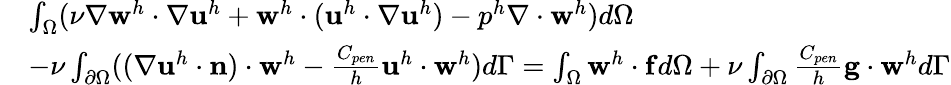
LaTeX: \begin{array}{rl}&{\int_{\Omega}(\nu\nabla\mathbf{w}^{h}\cdot\nabla\mathbf{u}^{h}+\mathbf{w}^{h}\cdot(\mathbf{u}^{h}\cdot\nabla\mathbf{u}^{h})-p^{h}\nabla\cdot\mathbf{w}^{h})d\Omega}\\ &{-\nu\int_{\partial\Omega}((\nabla\mathbf{u}^{h}\cdot\mathbf{n})\cdot\mathbf{w}^{h}-\frac{C_{pen}}{h}\mathbf{u}^{h}\cdot\mathbf{w}^{h})d\Gamma=\int_{\Omega}\mathbf{w}^{h}\cdot\mathbf{f}d\Omega+\nu\int_{\partial\Omega}\frac{C_{pen}}{h}\mathbf{g}\cdot\mathbf{w}^{h}d\Gamma}\end{array}